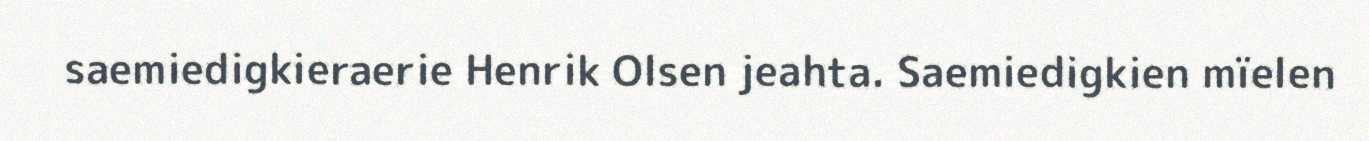
saemiedigkieraerie Henrik Olsen jeahta. Saemiedigkien mïelen